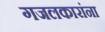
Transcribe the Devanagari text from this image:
गजलकारांना